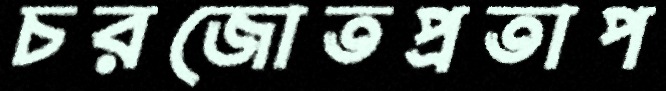
চরজোতপ্রতাপ